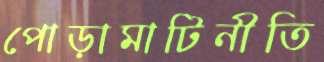
পোড়ামাটিনীতি